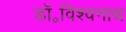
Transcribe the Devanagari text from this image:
डॉ॰विश्वनाथ